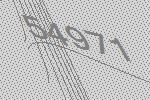
54971